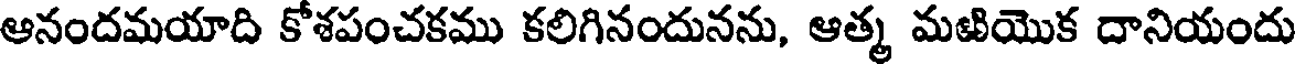
ఆనందమయాది కోశపంచకము కలిగినందునను, ఆత్మ మఱియొక దానియందు